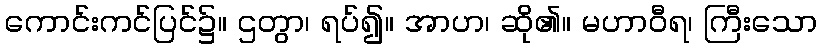
ကောင်းကင်ပြင်၌။ ဌတွာ၊ ရပ်၍။ အာဟ၊ ဆို၏။ မဟာဝီရ၊ ကြီးသော